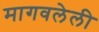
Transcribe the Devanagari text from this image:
मागवलेली